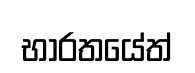
භාරතයේත්